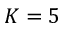
K = 5